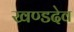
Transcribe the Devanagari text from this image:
खण्डदेव